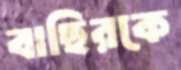
বাছিরকে